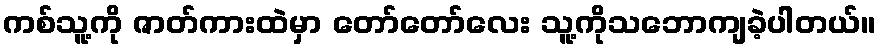
ကစ်သူ့ကို ဇာတ်ကားထဲမှာ တော်တော်လေး သူ့ကိုသဘောကျခဲ့ပါတယ်။